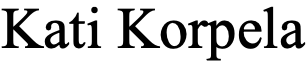
Kati Korpela